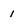
Character: 1